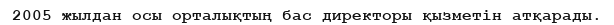
2005 жылдан осы орталықтың бас директоры қызметін атқарады.